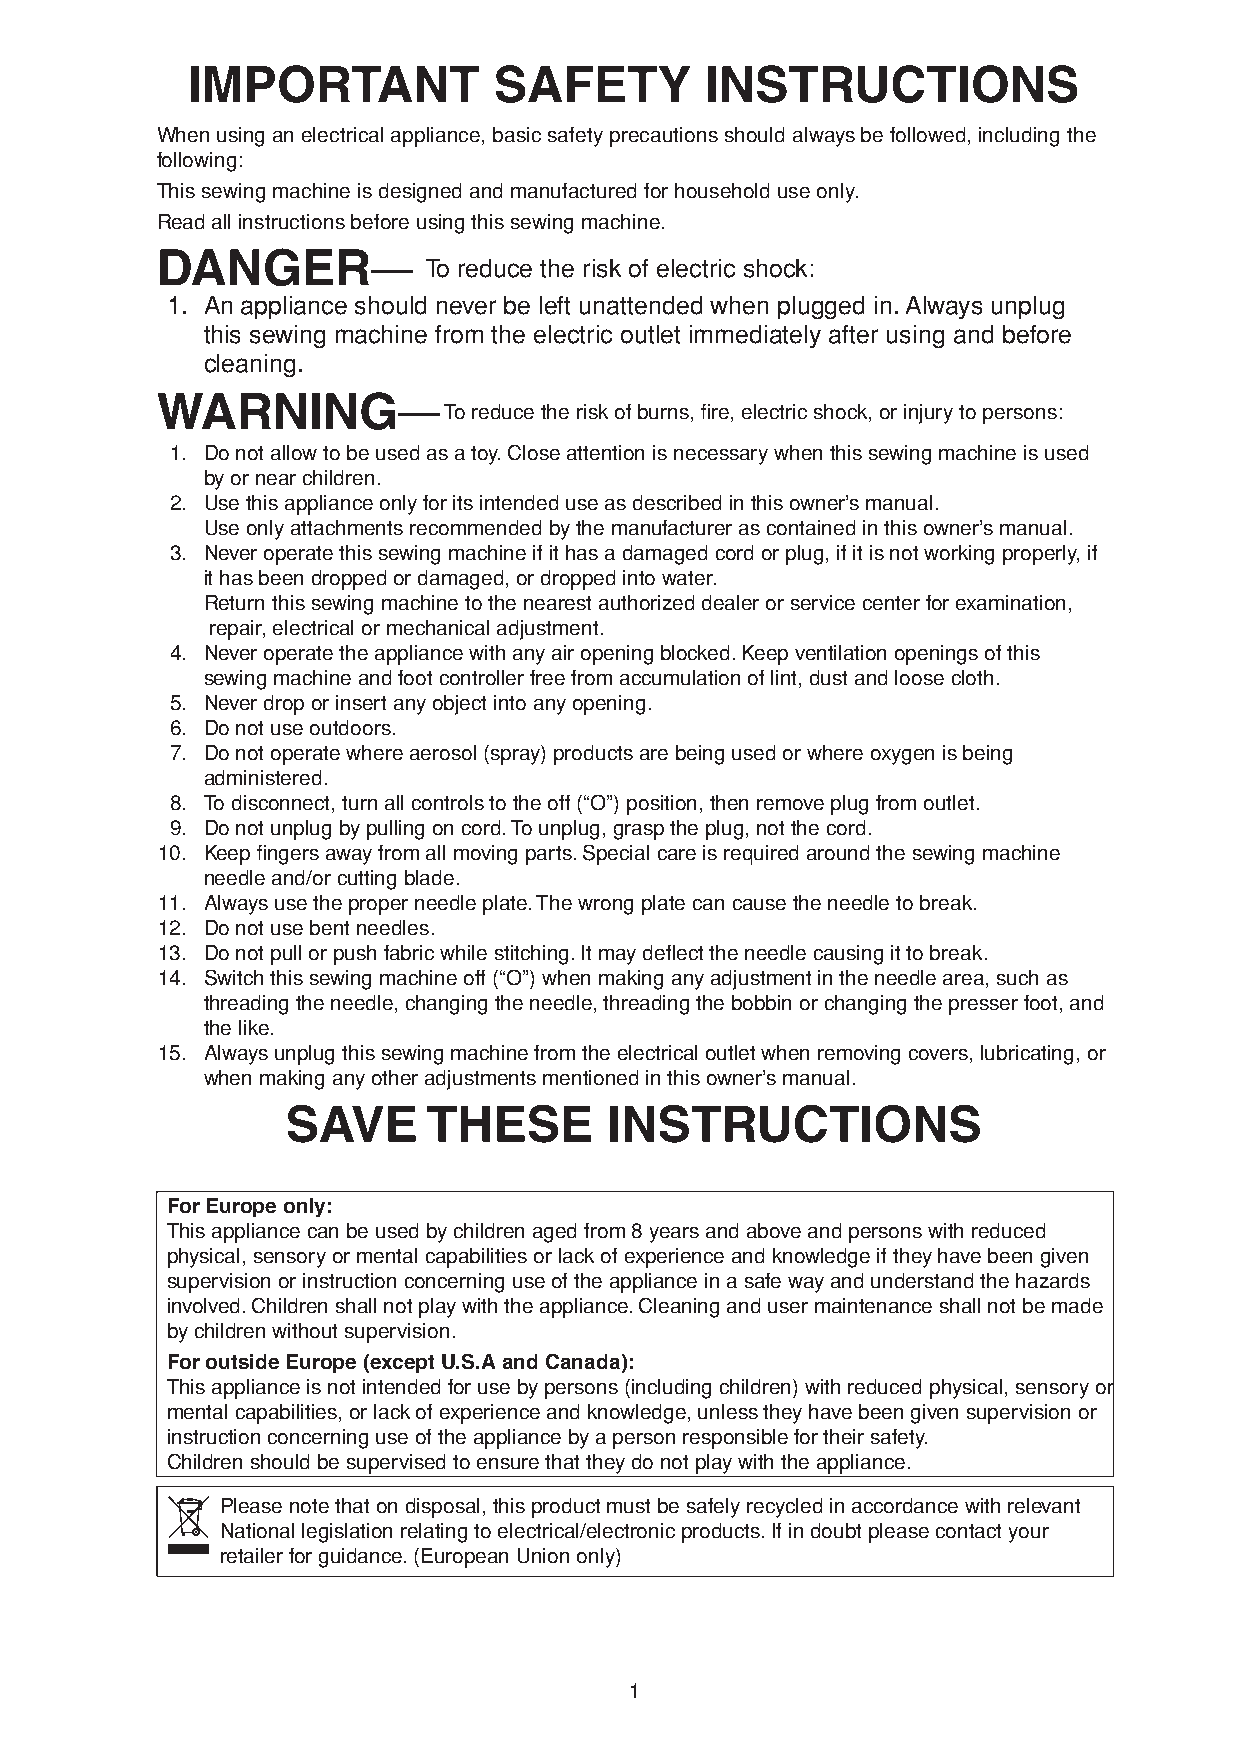
IMPORTANT            SAFETY        INSTRUCTIONS
 When using an electrical appliance, basic safety precautions should always be followed, including the
 following:
 This sewing machine is designed and manufactured for household use only.
 Read all instructions before using this sewing machine.
 DANGER—
 To reduce the risk of electric shock:
 1. An appliance should never be left unattended when plugged in. Always unplug
 this sewing machine from the electric outlet immediately after using and before
 cleaning.
 WARNING—
 To reduce the risk of burns, fire, electric shock, or injury to persons:
 1. Do not allow to be used as a toy. Close attention is necessary when this sewing machine is used
 by or near children.
 2. Use this appliance only for its intended use as described in this owner’s manual.
 Use only attachments recommended by the manufacturer as contained in this owner’s manual.
 3. Never operate this sewing machine if it has a damaged cord or plug, if it is not working properly, if
 it has been dropped or damaged, or dropped into water.
 Return this sewing machine to the nearest authorized dealer or service center for examination,
 repair, electrical or mechanical adjustment.
 4. Never operate the appliance with any air opening blocked. Keep ventilation openings of this
 sewing machine and foot controller free from accumulation of lint, dust and loose cloth.
 5. Never drop or insert any object into any opening.
 6. Do not use outdoors.
 7. Do not operate where aerosol (spray) products are being used or where oxygen is being
 administered.
 8. To disconnect, turn all controls to the off (“O”) position, then remove plug from outlet.
 9. Do not unplug by pulling on cord. To unplug, grasp the plug, not the cord.
 10. Keep fingers away from all moving parts. Special care is required around the sewing machine
 needle and/or cutting blade.
 11. Always use the proper needle plate. The wrong plate can cause the needle to break.
 12. Do not use bent needles.
 13. Do not pull or push fabric while stitching. It may deflect the needle causing it to break.
 14. Switch this sewing machine off (“O”) when making any adjustment in the needle area, such as
 threading the needle, changing the needle, threading the bobbin or changing the presser foot, and
 the like.
 15. Always unplug this sewing machine from the electrical outlet when removing covers, lubricating, or
 when making any other adjustments mentioned in this owner’s manual.
 SAVE     THESE       INSTRUCTIONS
 For Europe only:
 This appliance can be used by children aged from 8 years and above and persons with reduced
 physical, sensory or mental capabilities or lack of experience and knowledge if they have been given
 supervision or instruction concerning use of the appliance in a safe way and understand the hazards
 involved. Children shall not play with the appliance. Cleaning and user maintenance shall not be made
 by children without supervision.
 For outside Europe (except U.S.A and Canada):
 This appliance is not intended for use by persons (including children) with reduced physical, sensory or
 mental capabilities, or lack of experience and knowledge, unless they have been given supervision or
 instruction concerning use of the appliance by a person responsible for their safety.
 Children should be supervised to ensure that they do not play with the appliance.
 Please note that on disposal, this product must be safely recycled in accordance with relevant
 National legislation relating to electrical/electronic products. If in doubt please contact your
 retailer for guidance. (European Union only)
 1